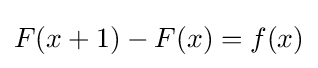
F(x+1)-F(x)=f(x)